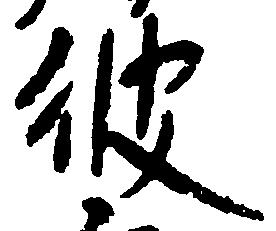
彼